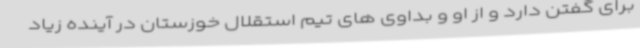
برای گفتن دارد و از او و بداوی های تیم استقلال خوزستان در آینده زیاد